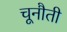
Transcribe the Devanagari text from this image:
चूनौती